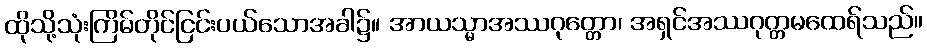
ထိုသို့သုံးကြိမ်တိုင်ငြင်းပယ်သောအခါ၌။ အာယသ္မာအဿဂုတ္တော၊ အရှင်အဿဂုတ္တမထေရ်သည်။